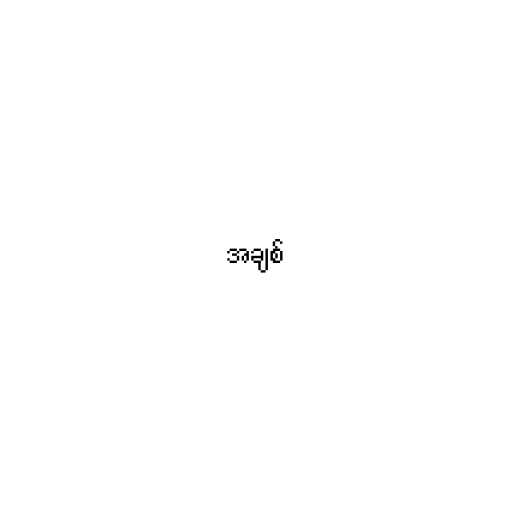
အချစ်